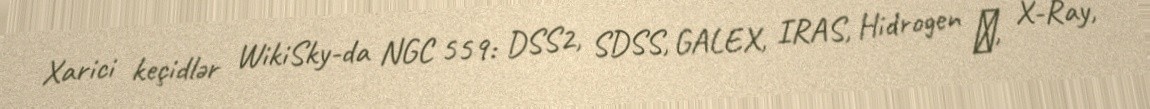
Xarici keçidlər WikiSky-da NGC 559: DSS2, SDSS, GALEX, IRAS, Hidrogen α, X-Ray,